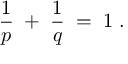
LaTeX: \frac { 1 } { p } \; + \; \frac { 1 } { q } \; = \; 1 \; .